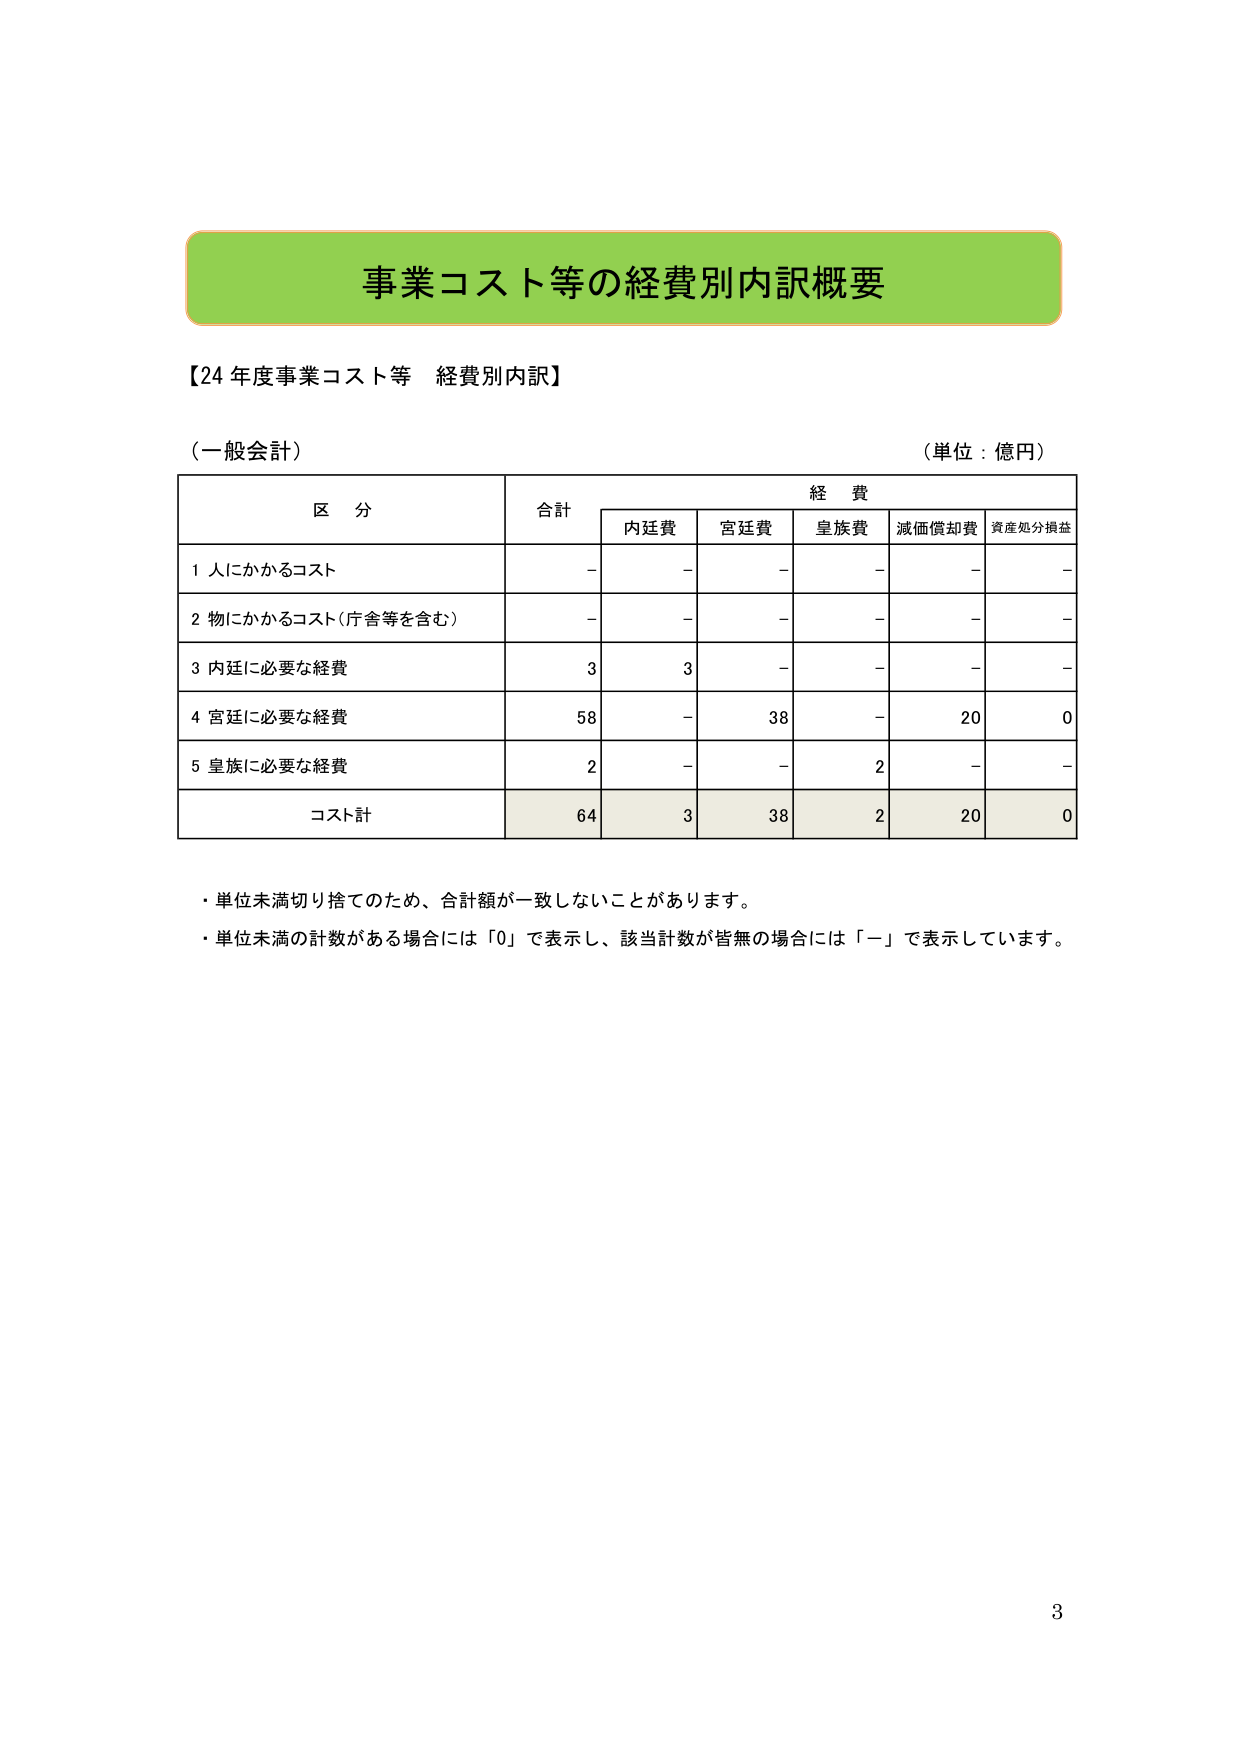
事業コスト等の経費別内訳概要

【24年度事業コスト等 経費別内訳】

（一般会計）　　　　　　　　　　　　　　　　　　　　　　（単位：億円）

区　分　　　　　　　　　　　　　　　　　　　　　　経　費
　　　　　　　　　　　　　　　　　　　　　　合計　　内廷費　　宮廷費　　皇族費　　減価償却費　　資産処分損益

1 人にかかるコスト　　　　　　　　　　　　　　　－　　－　　－　　－　　－　　－
2 物にかかるコスト（庁舎等を含む）　　　　　　　－　　－　　－　　－　　－　　－
3 内廷に必要な経費　　　　　　　　　　　　　　　3　　3　　－　　－　　－　　－
4 宮廷に必要な経費　　　　　　　　　　　　　　　58　　－　　38　　－　　20　　0
5 皇族に必要な経費　　　　　　　　　　　　　　　2　　－　　－　　2　　－　　－
　　　　　　　　　　　　　　　　　　　　　　コスト計　64　　3　　38　　2　　20　　0

・単位未満切り捨てのため、合計額が一致しないことがあります。
・単位未満の計数がある場合には「0」で表示し、該当計数が皆無の場合には「－」で表示しています。

3